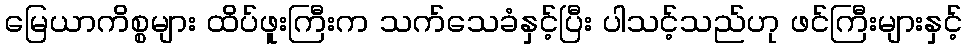
မြေယာကိစ္စများ ထိပ်ဖူးကြီးက သက်သေခံနှင့်ပြီး ပါသင့်သည်ဟု ဖင်ကြီးများနှင့်